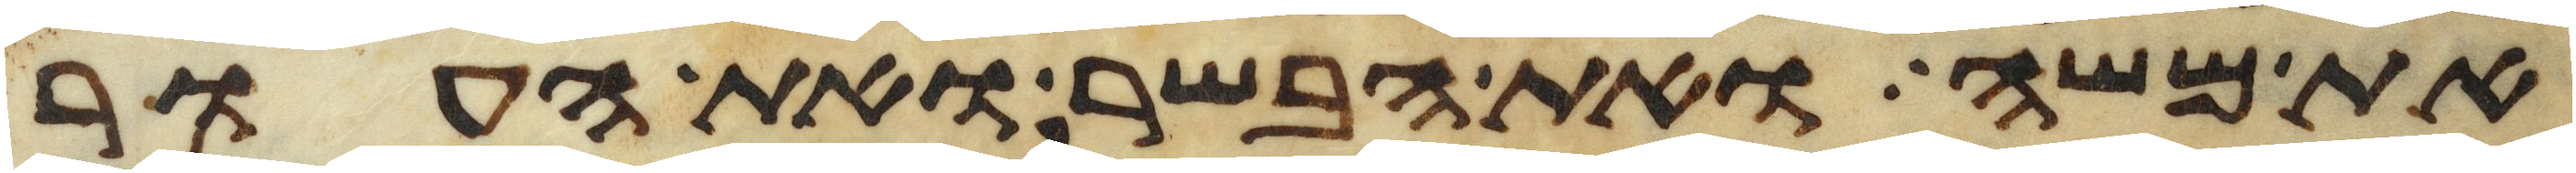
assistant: את משה ואת הבשר ואת העור